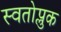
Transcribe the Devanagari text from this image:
स्वतोप्लुक